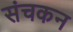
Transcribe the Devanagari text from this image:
संचकन